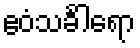
ဧဝံသင်္ခါရော